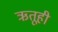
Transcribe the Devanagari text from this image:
ऋतूही